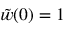
\tilde { w } ( 0 ) = 1